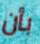
بأن